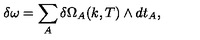
\delta \omega = \sum _ { A } \delta \Omega _ { A } ( k , T ) \wedge d t _ { A } ,